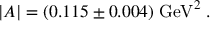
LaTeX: | A | = ( 0 . 1 1 5 \pm 0 . 0 0 4 ) \; \mathrm { G e V } ^ { 2 } \; .